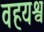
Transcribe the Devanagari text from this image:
वहयश्व